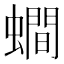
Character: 𧒄